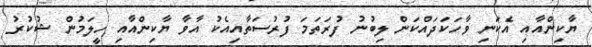
ޔާކިންއާއި އެކަނި ވާހަކަދައްކަން ލިބުނު ފުރަތަމަ ފުރުސަތާއިއެކު އާވާ ޔާކިންއާއި ހީލަމުން ޝުކުރު